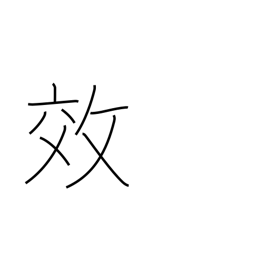
Meaning: effect